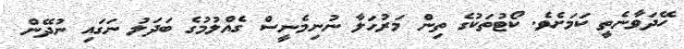
ހޭދަވާނެތީ ކަމަށެވެ. ކޯޓުތަކުގެ ތިން މަރުހަލާ ނުނިމެނީސް ގެއްލުމުގެ ބަދަލު ނަގައި ނުދޭން